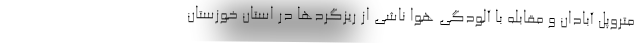
متروپل آبادان و مقابله با آلودگی هوا ناشی از ریزگردها در استان خوزستان